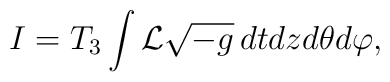
I=T_3\int {\cal L}\sqrt{-g}\,dtdzd\theta d\varphi,